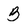
Character: B